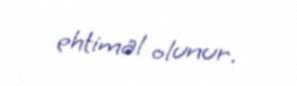
ehtimal olunur.